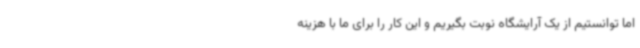
اما توانستیم از یک آرایشگاه نوبت بگیریم و این کار را برای ما با هزینه